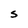
Character: S